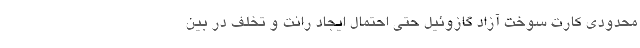
محدودی کارت سوخت آزاد گازوئیل حتی احتمال ایجاد رانت و تخلف در بین